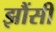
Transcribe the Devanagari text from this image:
झौंसी